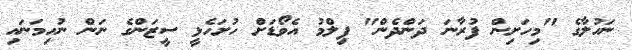
ނަހުލާގެ "މިހަށިން ފުރާނަ ދަންދެން" ފިލްމު އެވޯޑަށް ހުށަހެޅީ ސީޒަންގެ ނަން ނުހިމަނައި